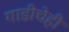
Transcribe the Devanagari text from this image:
गाडीचेही